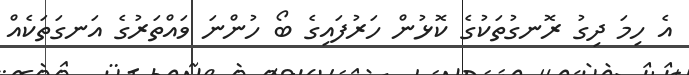
އެ ހިމަ ދިގު ރޮނގުތަކުގެ ކޮޅުން ހަރުފައިގެ ބޯ ހުންނަ ވައްތަރުގެ އަނގަތަކެއް